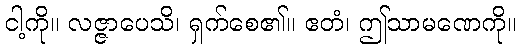
ငါ့ကို။ လဇ္ဇာပေသိ၊ ရှက်စေ၏။ ဧတံ၊ ဤသာမဏေကို။